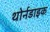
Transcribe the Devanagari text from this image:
थोर्नडाइक